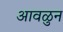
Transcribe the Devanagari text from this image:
आवळुन